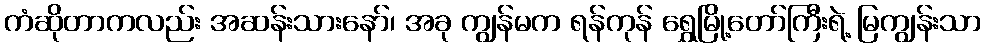
ကံဆိုတာကလည်း အဆန်းသားနော်၊ အခု ကျွန်မက ရန်ကုန် ရွှေမြို့တော်ကြီးရဲ့ မြကျွန်းသာ